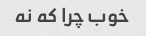
خوب چرا که نه